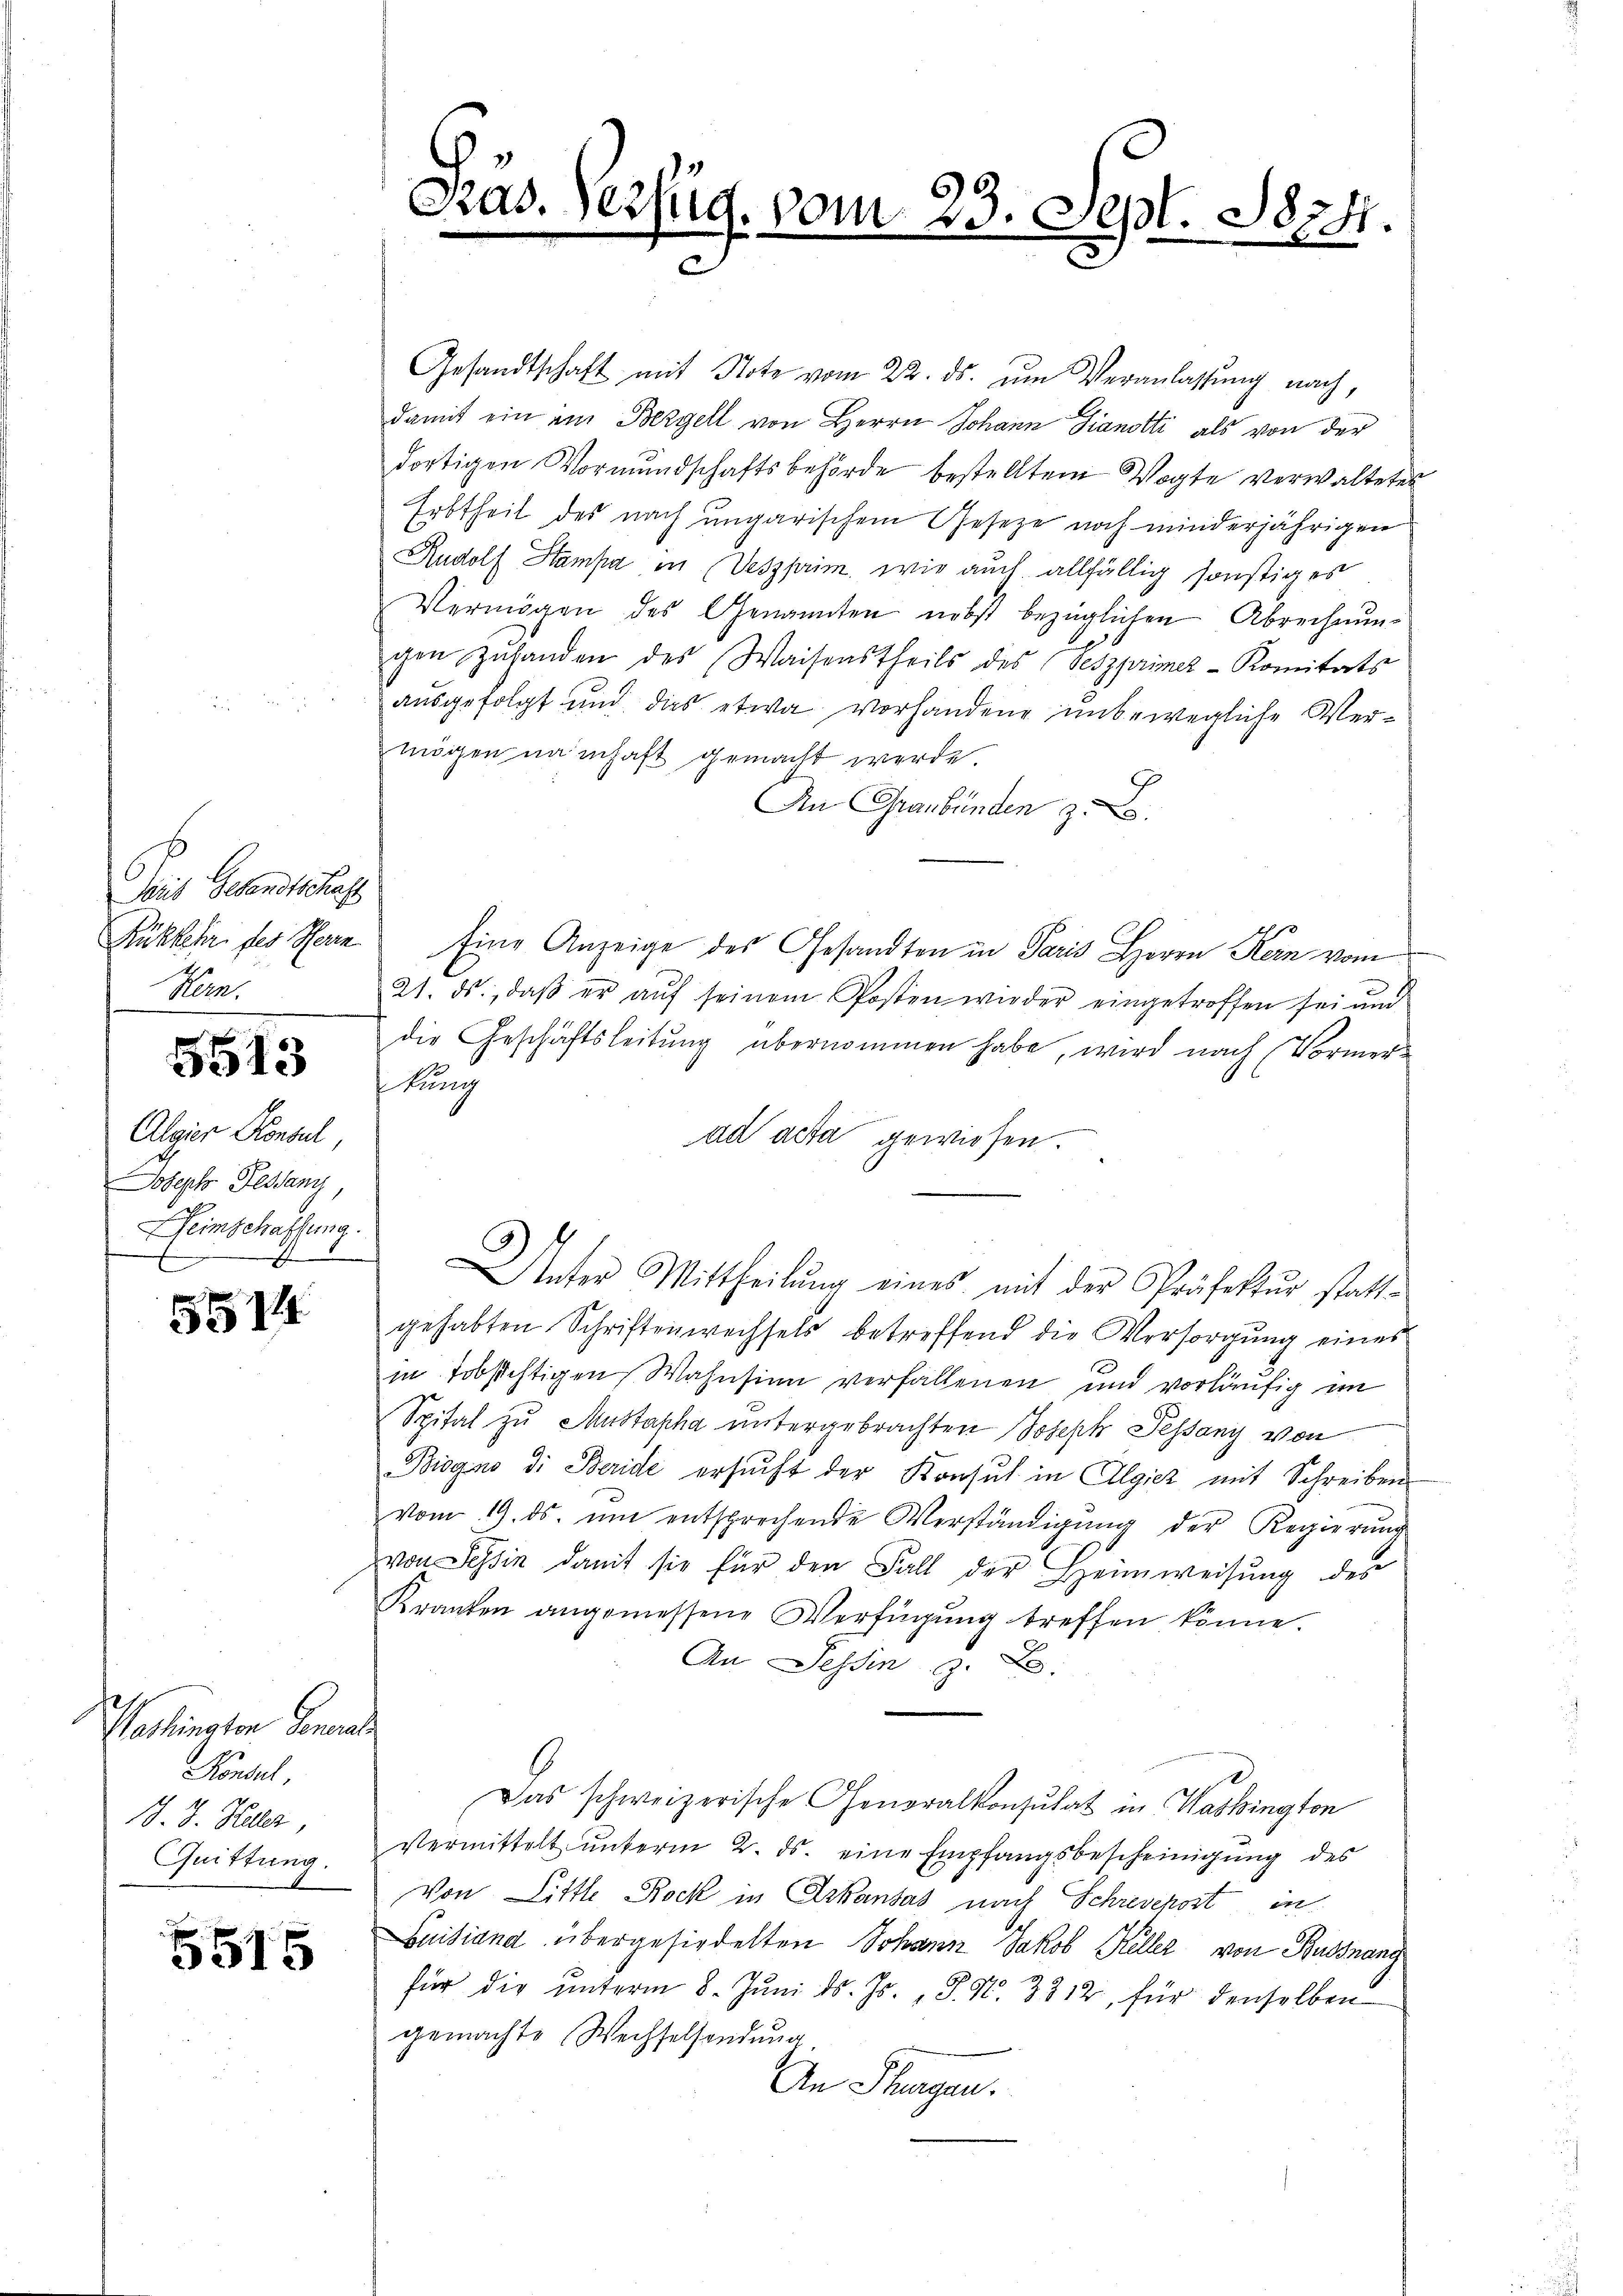
Zeit Gesandtschaft
Heer.

5515

Algier Konsul,
Joseph Pegang,
Heimschaffung.
J

5514

Washington Genande
Konsul,
J. J. Heer,
Quittung.

5515

Gesandtschaft mit Note vom 22. ds. ŭm Veranlassung nach,
damit ein ein Bergell von Herrn Johann Fianotti als von der
dortigen Vormundschaftsbehörde bestellten Vogte verwaltetes
Erbtheil des nach ungarischem Gesetze noch minderjährigen
Rudolf Stampa in Dessprim, wie auch allfällig sonstiges
Vermögen des Genannten nebst bezüglichen Abrechnungen Zŭfanden des Waisenstheils des (seszprimer-Komitats
ausgefolgt und das etwa vorhandene unbewegliche Vermögen namhaft gemacht werde.
An Graubünden z. B.
1
Rükkehr des Herrn Eine Anzeige des Gesandten in Paris Herrn Kern vom
21. ds., daβ er aŭf seinem Posten wieder eingetroffen sei ŭn
die Geschäftsleitung übernommen habe, wird nach (Vormerkung
ad acta gewiesen.
Unter Mittheilung eines mit der Präfektur stattgehabten Schriftenwechsels betreffend die Versorgŭng eines
in obsichtigen Wahnsinn verfallenen und vorläufig im
Spital zŭ Mustapha untergebrachten Joseph Pessany von
Biogno di Beride ersucht der Konsul in Algiez mit Schreiben
vom 19. ds. ŭm entsprechende Verständigŭng der Regierŭng
von Tessin damit sie für den Fall der Heimweisung des
Kranken angemessene Verfügŭng treffen könne.
An Tessin z. B.
Das schweizerische Generalkonsultat in Washington
Vermittelt unterm 2. ds. eine Empfangsbescheinigung des
Von Little Rock in Arkansas nach Schrevepost in
uitiand übergesiedelten Johann Jakob Keller von Bussnang
für die ŭnterm 8. Jŭni d. Js. P. Nr. 3812, für denselben
gemachte Wechselsendung
An Tagen.

Pras. Verfüg, vom

23. Sept. 1824.